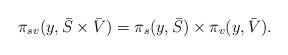
LaTeX: \begin{align*}\pi_{sv}(y,\bar{S}\times\bar{V})= \pi_{s}(y,\bar{S})\times \pi_{v}(y,\bar{V}).\end{align*}